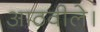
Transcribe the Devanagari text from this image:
आठवीले।